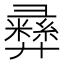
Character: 彞